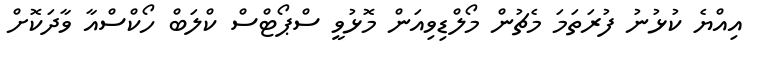
އިއްޔެ ކުޅުނު ފުރަތަމަ މެޗުން މޯލްޑިވިއަން މޮޅުވީ ސްޕޯޓްސް ކްލަބް ހޯކްސްއާ ވާދަކޮށް